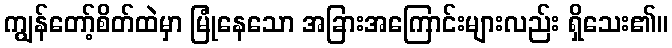
ကျွန်တော့်စိတ်ထဲမှာ မြုံနေသော အခြားအကြောင်းများလည်း ရှိသေး၏။